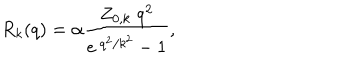
R _ { k } ( q ) = \alpha \frac { Z _ { 0 , k } \; q ^ { 2 } } { e ^ { \: q ^ { 2 } / k ^ { 2 } } - 1 } \mathrm { , }